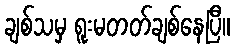
ချစ်သမှ ရူးမတတ်ချစ်နေပြီ။